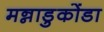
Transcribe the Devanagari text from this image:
मन्नाडुकोंडा